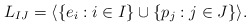
\begin{align*} L_{IJ} = \langle\{e_i : i\in I\}\cup\{p_j : j\in J\}\rangle.\end{align*}